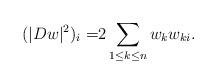
LaTeX: \begin{align*}(|Dw|^2)_i=&2\sum_{1\leq k\leq n}w_kw_{ki}.\end{align*}